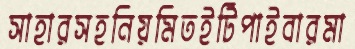
সাহারসহনিয়মিতইটিপাইবারমা